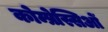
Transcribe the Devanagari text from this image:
कोम्प्रेस्सिओं